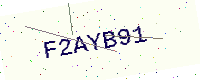
Text: F2AYB91